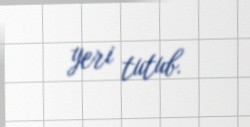
yeri tutub.